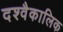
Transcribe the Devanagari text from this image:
दश्वैकालिक